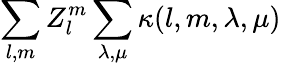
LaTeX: \sum_{l,m}Z_{l}^{m}\sum_{\lambda,\mu}\kappa(l,m,\lambda,\mu)